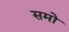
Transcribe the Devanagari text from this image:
समो